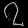
Digit: ၇